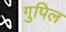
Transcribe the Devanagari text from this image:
गुपिल